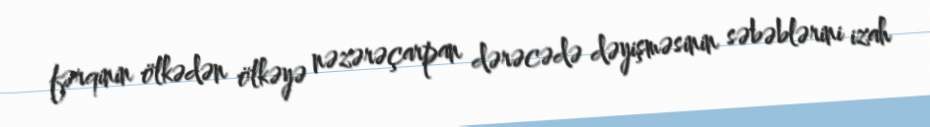
fərqinin ölkədən ölkəyə nəzərəçarpan dərəcədə dəyişməsinin səbəblərini izah